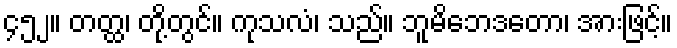
၄၅၂။ တတ္ထ၊ တို့တွင်။ ကုသလံ၊ သည်။ ဘူမိဘေဒတော၊ အားဖြင့်။